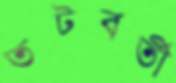
তটবর্তী